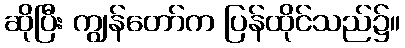
ဆိုပြီး ကျွန်တော်က ပြန်ထိုင်သည်၌။